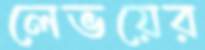
লেভয়ের